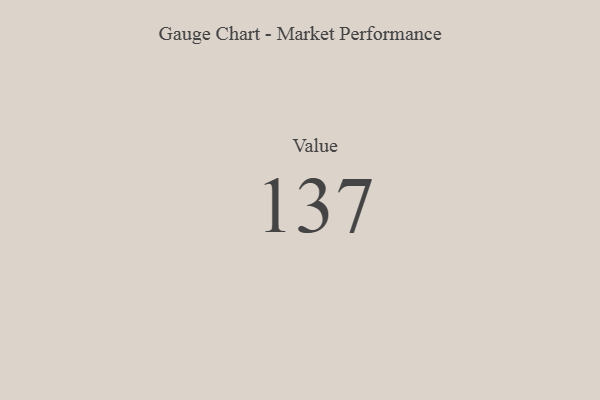
{"axis": {"x": "Metric", "y": "Value"}, "legend": [""], "data": [{"x": "Value", "y": 137, "type": ""}]}